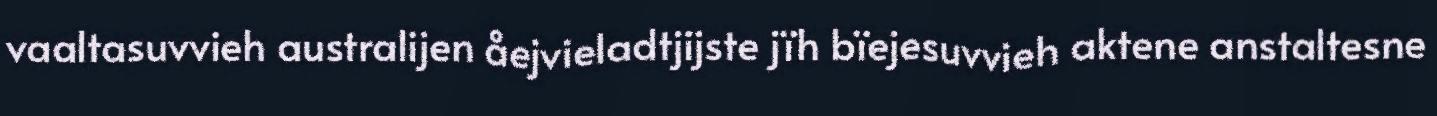
vaaltasuvvieh australijen åejvieladtjijste jïh bïejesuvvieh aktene anstaltesne